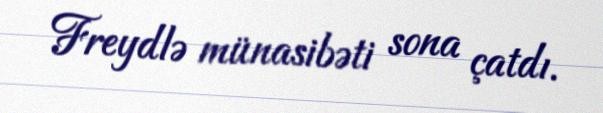
Freydlə münasibəti sona çatdı.